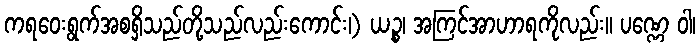
ကရဝေးရွက်အစရှိသည်တို့သည်လည်းကောင်း၊) ယဉ္စ၊ အကြင်အာဟာရကိုလည်း။ ပဏ္ဏေ ဝါ၊